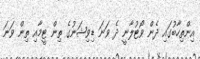
އިންތިހާބުގައި ދެން ވޯޓުލާނީ ދެ ވަނަ ޑިވިޝަނުގެ ތިން ޓީމާއި ތިން ވަނަ